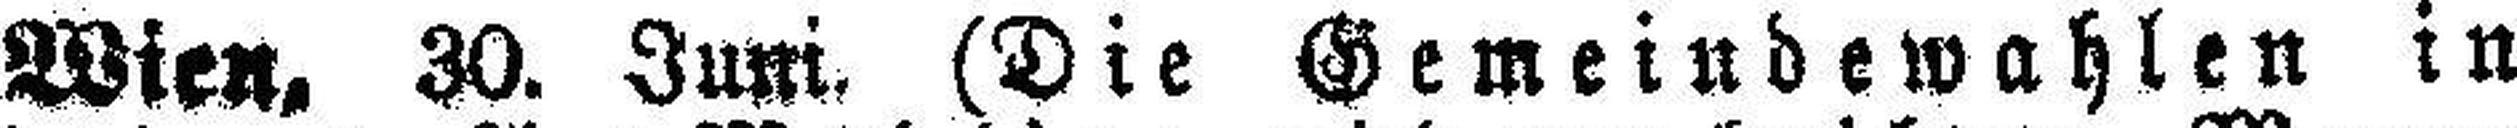
Wien, 30. Juni. (Die Gemeindewahlen in